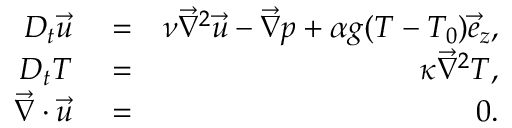
\begin{array} { r l r } { D _ { t } \vec { u } } & { { } = } & { \nu \vec { \nabla } ^ { 2 } \vec { u } - \vec { \nabla } p + \alpha g ( T - T _ { 0 } ) \vec { e } _ { z } , } \\ { D _ { t } T } & { { } = } & { \kappa \vec { \nabla } ^ { 2 } T , } \\ { \vec { \nabla } \cdot \vec { u } } & { { } = } & { 0 . } \end{array}